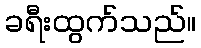
ခရီးထွက်သည်။